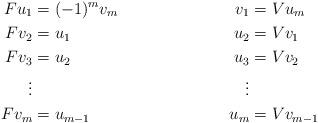
LaTeX: \begin{align*}F u_1 &= (-1)^mv_m & v_1 &= Vu_m\\Fv_2 &= u_1 & u_2 &= Vv_1 \\F v_3 &= u_2 &u_3 &= Vv_2 \\\vdots &&\vdots \\F v_m &= u_{m-1} &u_m &= V v_{m-1}\end{align*}